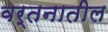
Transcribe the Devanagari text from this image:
वर्तनातील